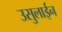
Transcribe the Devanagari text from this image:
उसुलाईन